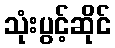
သုံးပွင့်ဆိုင်